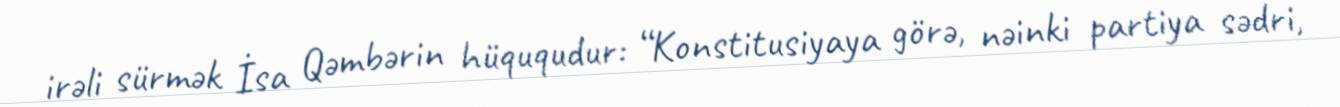
irəli sürmək İsa Qəmbərin hüququdur: “Konstitusiyaya görə, nəinki partiya sədri,